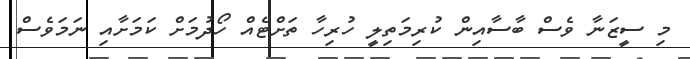
މި ސީޒަނާ ވެސް ބާސާއިން ކުރިމަތިލީ ހުރިހާ ތަށްޓެއް ހޯދުމަށް ކަމަށާއި ނަމަވެސް